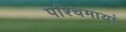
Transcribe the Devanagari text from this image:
पश्चिमायां